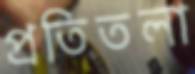
প্রতিতলা